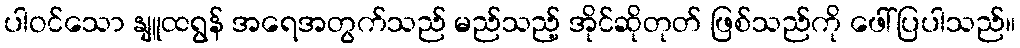
ပါဝင်သော နျူထရွန် အရေအတွက်သည် မည်သည့် အိုင်ဆိုတုတ် ဖြစ်သည်ကို ဖေါ်ပြပါသည်။